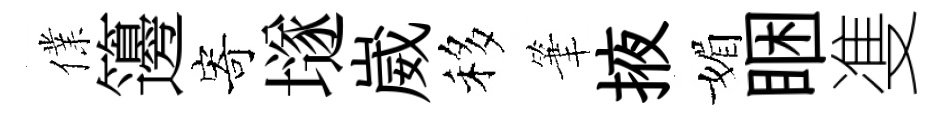
㒒籩寄𡑞崴移筆掖媚睏㕠